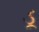
ડૂ